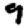
Digit: 9